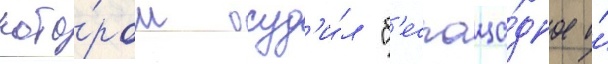
кото́ром осуд'и́л "б'еспоща́дное и́